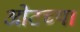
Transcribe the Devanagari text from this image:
ओटच्या